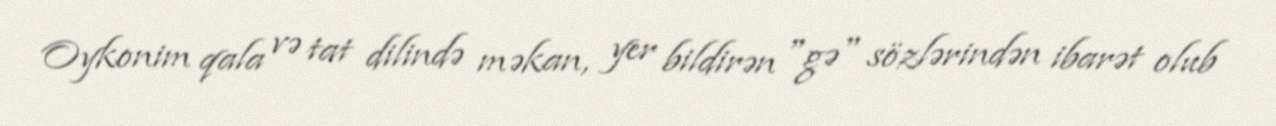
Oykonim qala və tat dilində məkan, yer bildirən "gə" sözlərindən ibarət olub